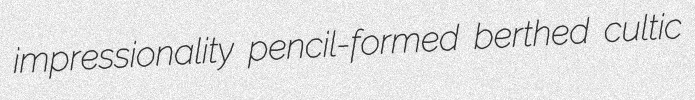
impressionality pencil-formed berthed cultic